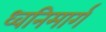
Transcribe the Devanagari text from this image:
ध्वनिमार्ग